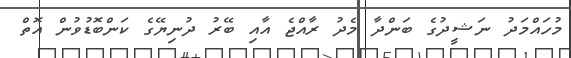
މުހައްމަދު ނަޝީދުގެ ބަންދާ މެދު ރާއްޖެ އާއި ބޭރު ދުނިޔޭގެ ކަންބޮޑުވުން އޮތް